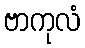
ဗာကုလံ